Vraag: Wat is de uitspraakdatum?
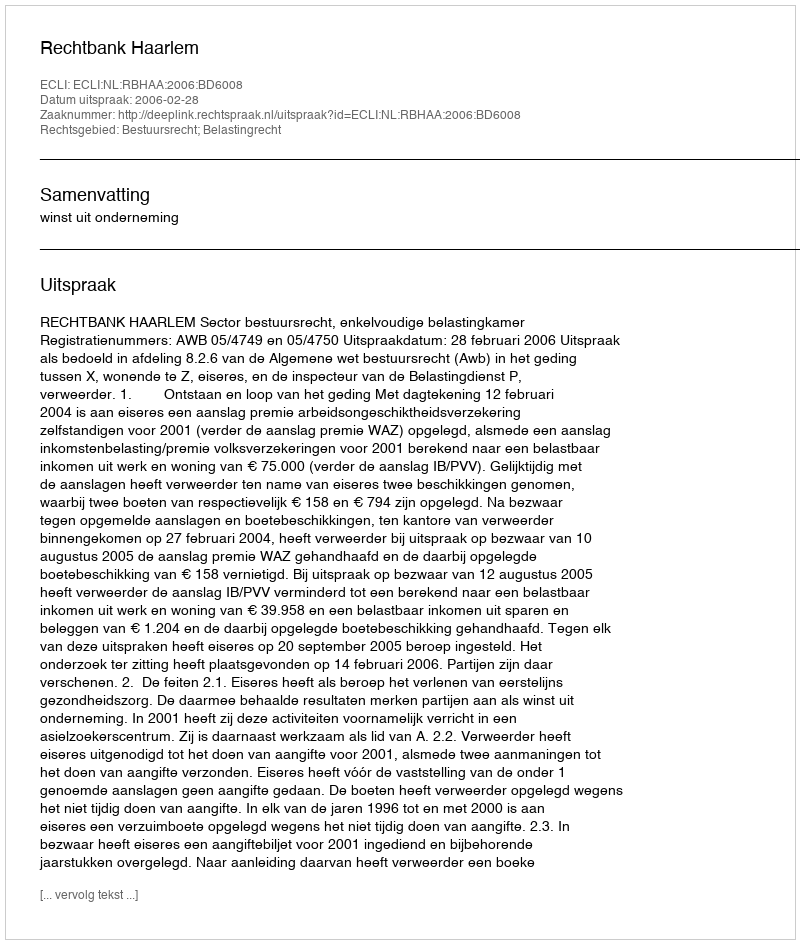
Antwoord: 2006-02-28